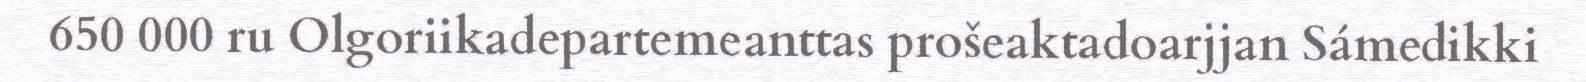
650 000 ru Olgoriikadepartemeanttas prošeaktadoarjjan Sámedikki